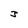
Character: 3